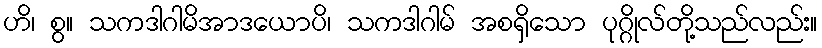
ဟိ၊ စွ။ သကဒါဂါမိအာဒယောပိ၊ သကဒါဂါမ် အစရှိသော ပုဂ္ဂိုလ်တို့သည်လည်း။